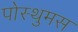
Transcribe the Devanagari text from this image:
पोस्थुमस